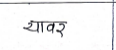
मजकूर: यावर